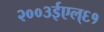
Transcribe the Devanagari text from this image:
२००३ईएल्‌६१